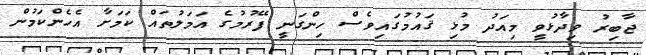
ޖާބިރު ވިދާޅުވީ މިއަދު މުޅި ޤައުމުގައިވެސް ހިންގަނީ ފޭރުމުގެ އަމަލުތައް ކަމަށާ އެހެންކަމުން